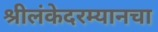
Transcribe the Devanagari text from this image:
श्रीलंकेदरम्यानचा